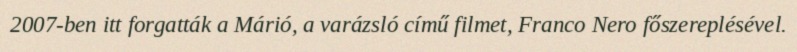
2007-ben itt forgatták a Márió, a varázsló című filmet, Franco Nero főszereplésével.